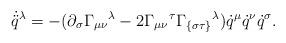
LaTeX: \begin{align*} \dot{\ddot{q}}^\lambda = - (\partial_\sigma {{{\Gamma}}_{\mu\nu}}{}^\lambda- 2 {{{\Gamma}}_{\mu \nu}}{}^\tau{{{\Gamma}}_{\{\sigma\tau\}}}{}^\lambda )\dot{q}^\mu \dot{q}^\nu \dot{q}^\sigma.\end{align*}